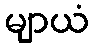
မျာယံ